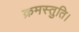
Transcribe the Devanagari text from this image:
क्रमस्तुति।